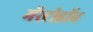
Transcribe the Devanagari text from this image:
मॅस्टोडॉन